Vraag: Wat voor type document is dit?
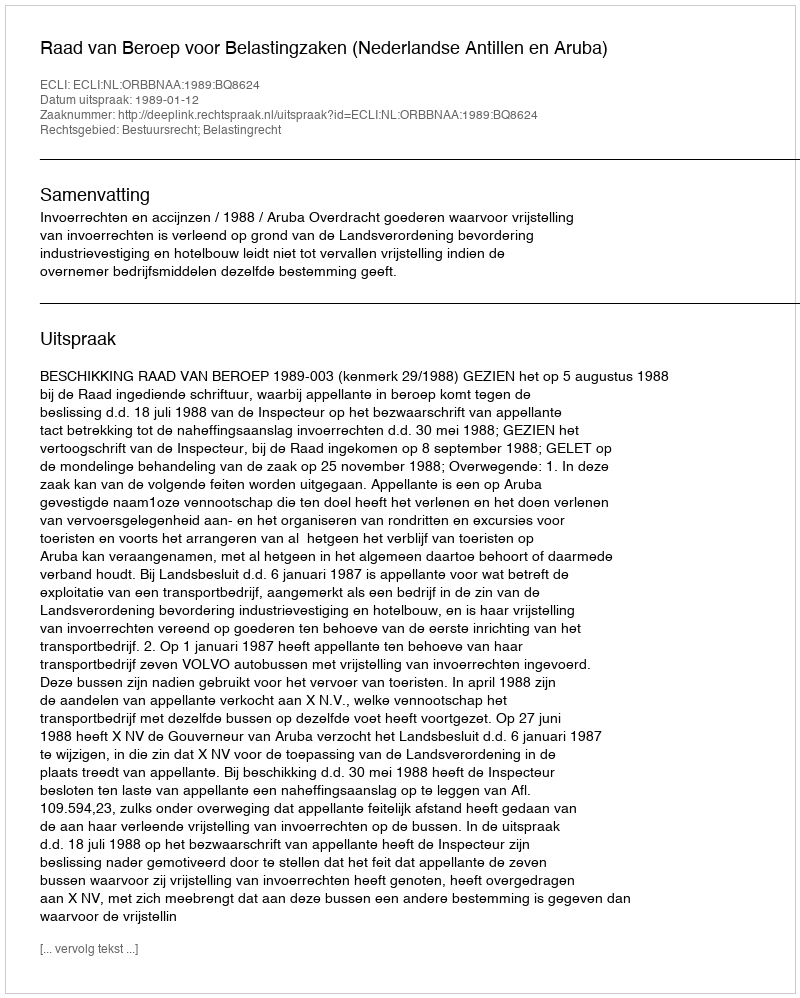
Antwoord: Uitspraak